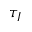
\tau _ { I }